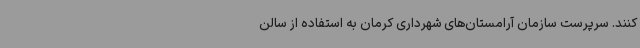
کنند. سرپرست سازمان آرامستان‌های شهرداری کرمان به استفاده از سالن